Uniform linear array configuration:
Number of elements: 12
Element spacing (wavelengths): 0.75
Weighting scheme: cosine
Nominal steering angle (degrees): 60
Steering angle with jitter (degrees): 59.317
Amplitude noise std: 0.05
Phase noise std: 0.05

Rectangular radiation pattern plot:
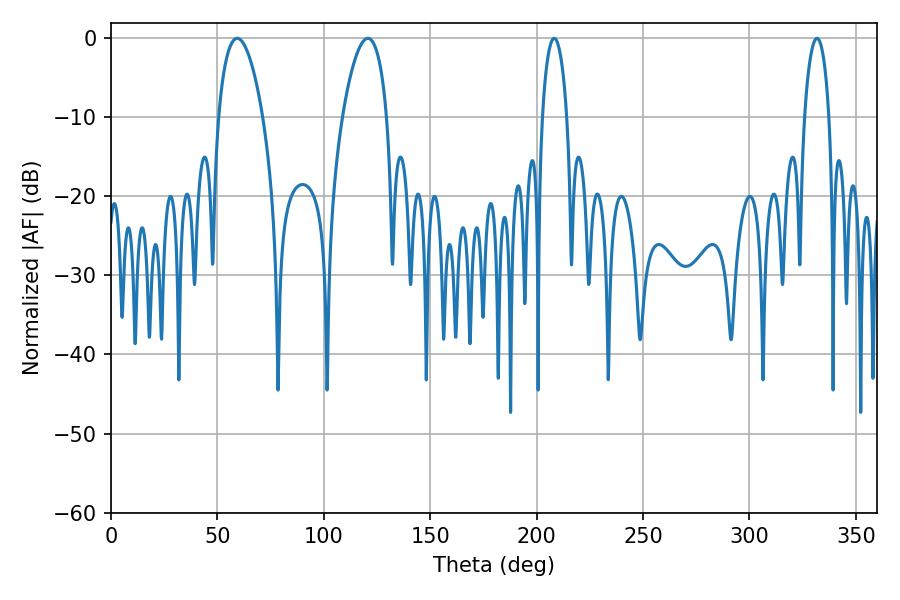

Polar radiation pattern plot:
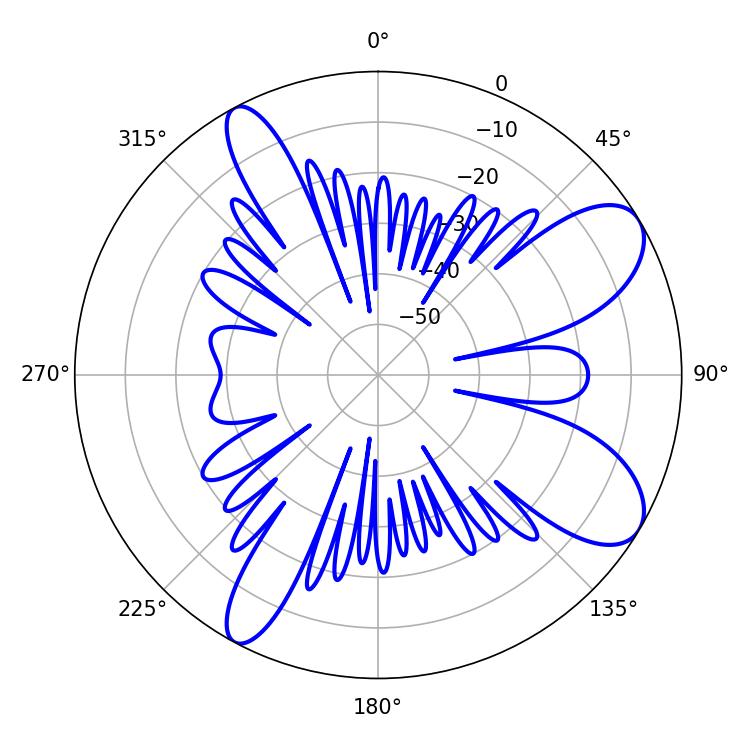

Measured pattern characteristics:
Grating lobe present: TRUE
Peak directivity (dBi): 8.904
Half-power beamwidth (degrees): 6.66
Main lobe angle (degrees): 208.26